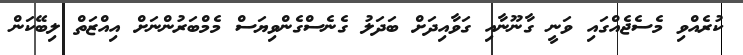
ކުރެއްވި މެސެޖެއްގައި ވަނީ ގާނޫނާއި ގަވާއިދަށް ބަދަލު ގެނެސްގެންވިޔަސް މެމްބަރުންނަށް އިއްޒަތް ލިބޭކަން